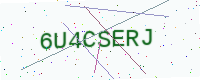
Text: 6U4CSERJ